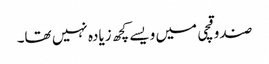
صندوقچی میں ویسے کچھ زیادہ نہیں تھا۔